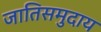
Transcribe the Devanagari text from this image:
जातिसमुदाय